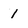
Character: 1